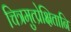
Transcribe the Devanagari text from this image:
चित्रमुत्प्रेक्षितानि